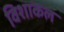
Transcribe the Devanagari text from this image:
विशाकल